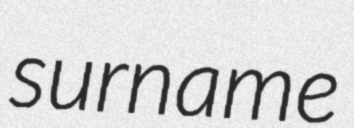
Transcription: surname